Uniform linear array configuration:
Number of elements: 48
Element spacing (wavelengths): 0.5
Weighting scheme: hann
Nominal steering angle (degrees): -15
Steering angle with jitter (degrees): -16.317
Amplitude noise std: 0.05
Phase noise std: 0.05

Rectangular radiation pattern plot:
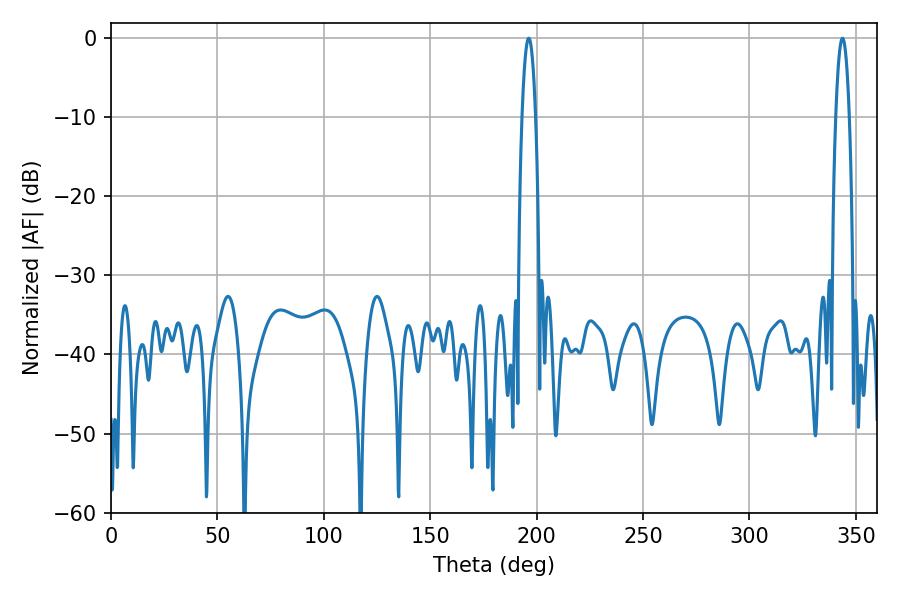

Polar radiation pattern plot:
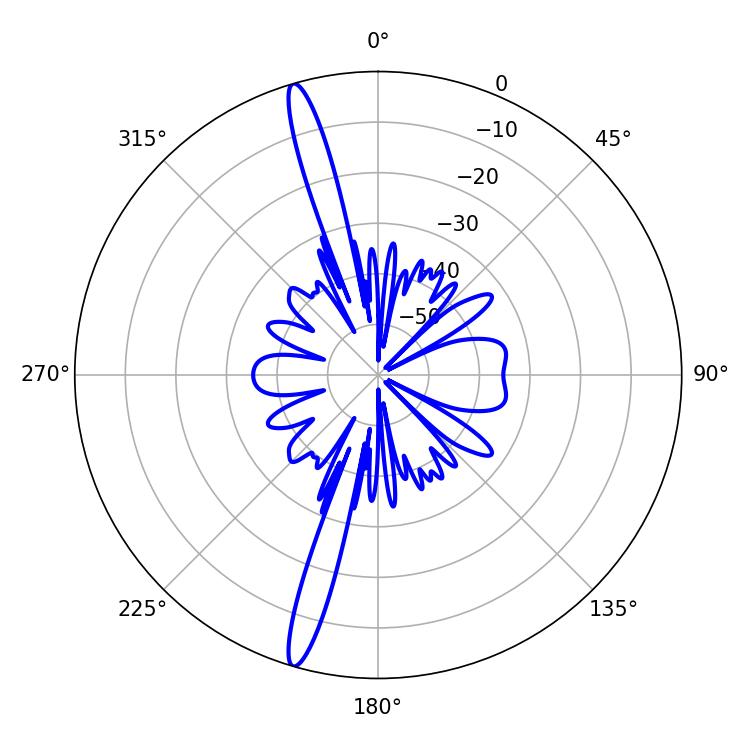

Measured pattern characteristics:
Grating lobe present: FALSE
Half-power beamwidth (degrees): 3.42
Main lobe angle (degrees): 196.2